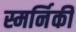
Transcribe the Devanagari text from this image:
स्मर्निकी